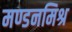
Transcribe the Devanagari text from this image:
मण्डनमिश्र